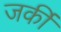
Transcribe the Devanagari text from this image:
जर्की